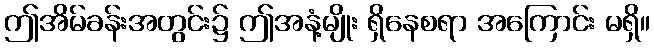
ဤအိမ်ခန်းအတွင်း၌ ဤအနံ့မျိုး ရှိနေစရာ အကြောင်း မရှိ။